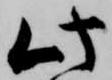
此